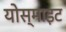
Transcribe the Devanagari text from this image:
योस्माइट